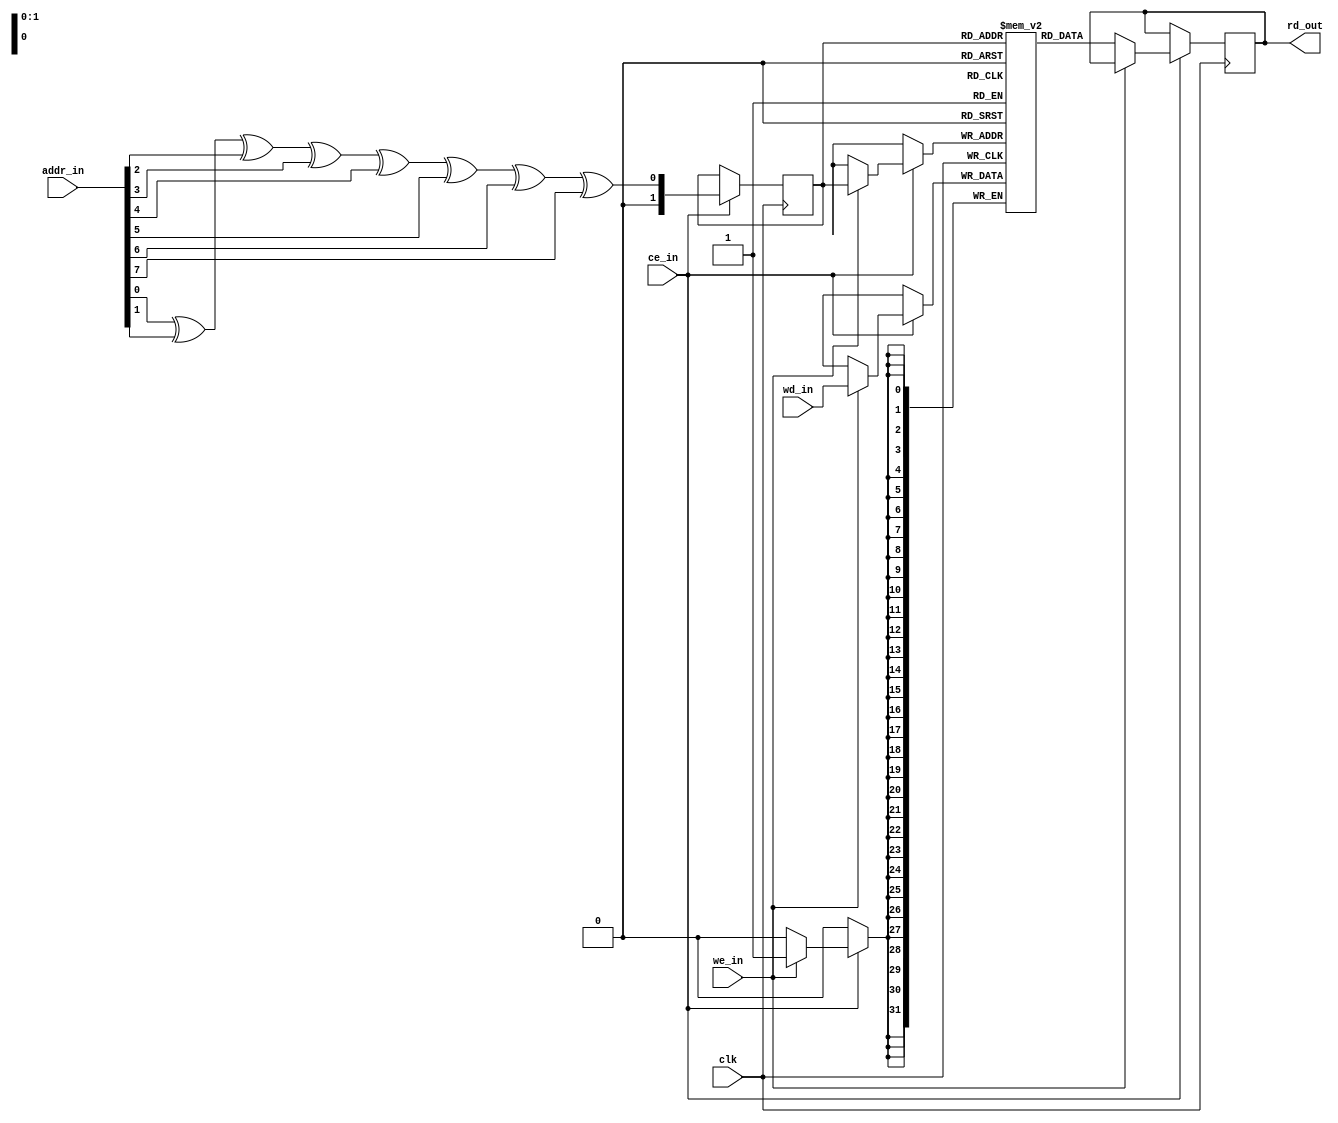
// See platforms/asap7/verilog/fakeram7_256x32.v for the original file
//
// Has been modified such that there are only 4 rows in the SRAM, and
// all the address bits are in used by xor'ing them together to get
// a 2-bit index
module fakeram7_256x32
(
   rd_out,
   addr_in,
   we_in,
   wd_in,
   clk,
   ce_in
);
   parameter BITS = 32;
   parameter WORD_DEPTH = 256;
   parameter ADDR_WIDTH = 8;
   parameter corrupt_mem_on_X_p = 1;

   output reg [BITS-1:0]    rd_out;
   input  [ADDR_WIDTH-1:0]  addr_in;
   input                    we_in;
   input  [BITS-1:0]        wd_in;
   input                    clk;
   input                    ce_in;

   integer j;

   reg [BITS-1:0] mem [0:3];  // Change WORD_DEPTH to 4
   reg [1:0] index;

   always @(posedge clk)
   begin
      if (ce_in)
      begin
         // Calculate 2-bit index by XORing all address bits together
         index <= addr_in[0] ^ addr_in[1] ^ addr_in[2] ^ addr_in[3] ^ addr_in[4] ^ addr_in[5] ^ addr_in[6] ^ addr_in[7];

         if (we_in)
         begin
            // Use the 2-bit index to access the array
            mem[index] <= wd_in;
         end
         else
         begin
            // Use the 2-bit index to access the array
            rd_out <= mem[index];
         end
      end
   end

endmodule